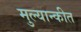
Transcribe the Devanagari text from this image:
मुल्यान्कीत